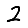
Digit: 2